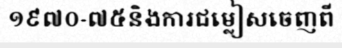
១៩៧០-៧៥និងការជម្លៀសចេញពី